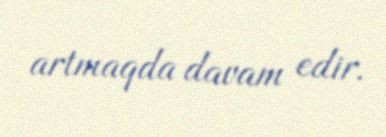
artmaqda davam edir.